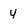
Character: Y